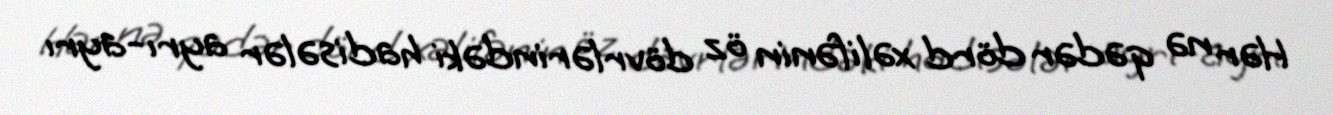
Hər nə qədər dörd xəlifənin öz dövrlərindəki hadisələr ayrı-ayrı